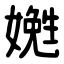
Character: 嬔